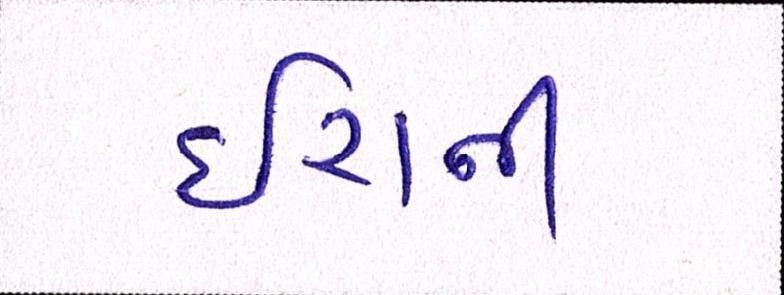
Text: ઇરાની